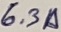
Text: 6.3A